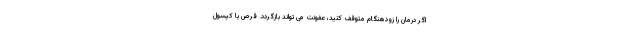
اگر درمان را زودهنگام متوقف کنید، عفونت می تواند بازگردد. قرص یا کپسول